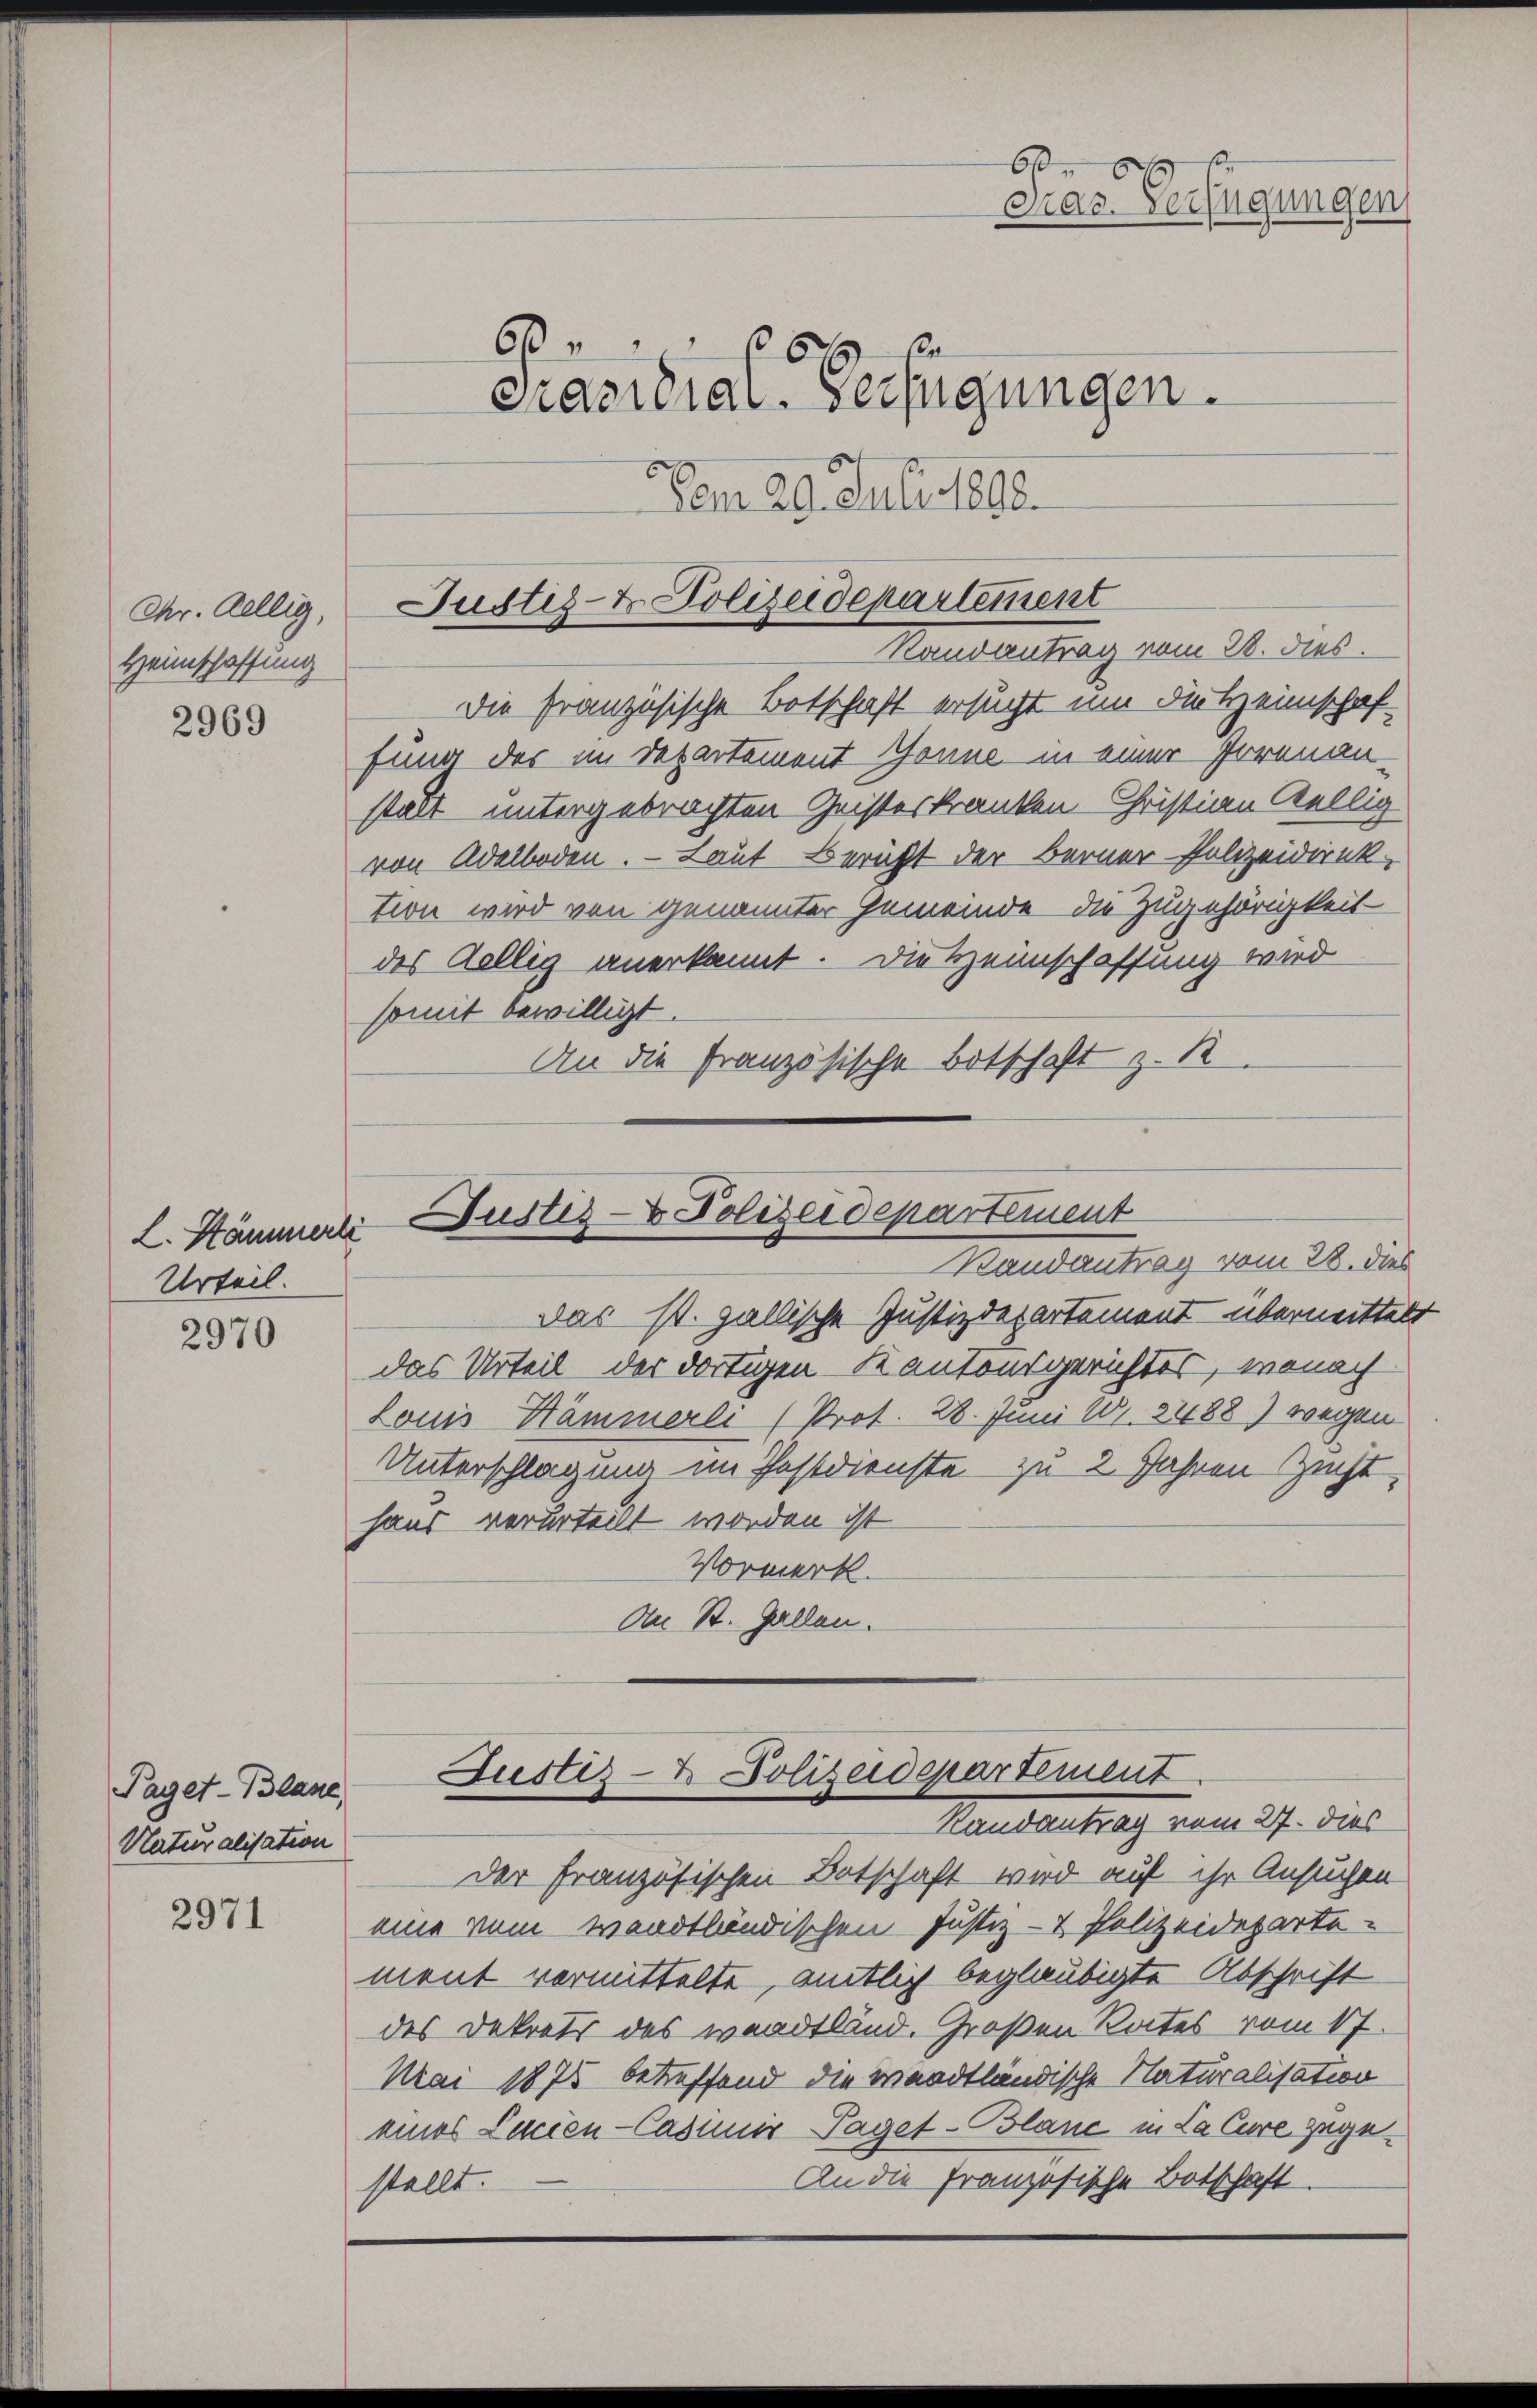
Chr. Aellig,
Heimschaffung

2969

Urteil.

2970

Paget-Blane,
Naturalisation

2971

Die französische Botschaft ersucht um Fritz einschaffung des im Departement Gönne in einer Irrenan-
stalt untergebrachten Geisteskranken Christian Stellig
von Adelboden. — Laut Bericht der Berner Polizeidirek-
tion wird von genannter Gemeinde die Zugehörigkeit
des Köllig anerkannt. Die Heimschaffung wird
somit bewilligt.
An die französische Botschaft z. B

60

Vom 29. Juli 1892.

Das st. gallische Justizdepartement übermittelt
das Urteil der dortigen Kantonsgerichtes, wonach
Louis Hämmerli (Prot. 28. Juni 181. 8488) wegen
Unterschlagung im Testdienste zu 2 Jahren Zeicht,
haus verurteilt worden ist
Vormerk.
An St. Gallen.

6
Präsidial-Verfügungen.

60
Dras Verfügungen

Justiz- & Polizeidepartement
Kausantrag am 21. Jul.

der Französischen Botschaft wird auf ihr Ansuchen
eine vom wandtländischen Justiz- & Polizeideparte-
ment vermittelte, amtlich beglaubigte Abschrift
des Dekrets des waadtländ. Großen Rates vom 17.
Mai 1875 betreffend die waadtländische Naturalisation
eines Lacien-Casunis Paget-Blanc in La Cure zuge¬
An die Französische Botschaft
stellt.

L. Kämmerli Justiz- & Polizeidepartement
Randantrag vom 28. dies

Justiz- & Polizeidepartement.
Randantrag vom 27. dies